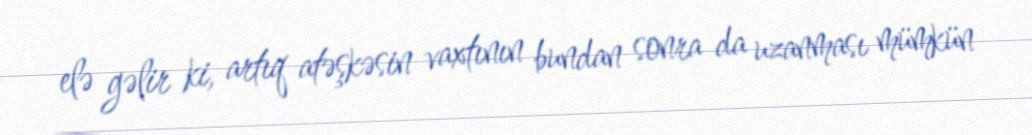
elə gəlir ki, artıq atəşkəsin vaxtının bundan sonra da uzanması mümkün